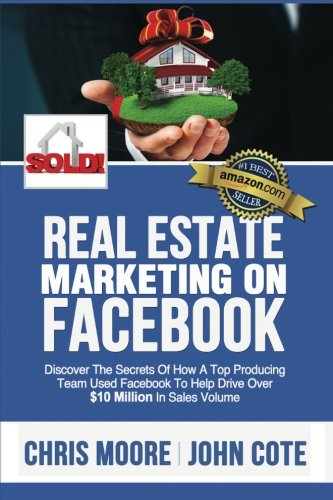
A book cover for Real Estate Marketing on Facebook: Discover the Secrets of How a Top Producing Team Used Facebook to Help Drive Over  $10 Million in Annual Sales Volume; Chris Moore; Business & Money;